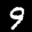
Label: 9